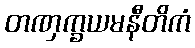
တဏှက္ခယမနီတိကံ